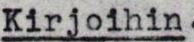
Kirjoihin